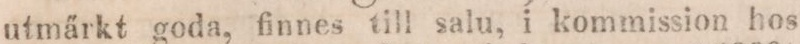
utmärkt goda, finnes till salu, i kommission hos